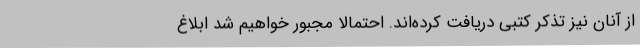
از آنان نیز تذکر کتبی دریافت کرده‌اند. احتمالا مجبور خواهیم شد ابلاغ